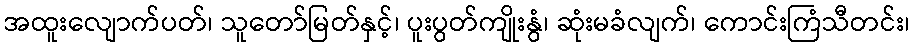
အထူးလျောက်ပတ်၊ သူတော်မြတ်နှင့်၊ ပူးပွတ်ကျိုးနွံ၊ ဆုံးမခံလျက်၊ ကောင်းကြံသီတင်း၊